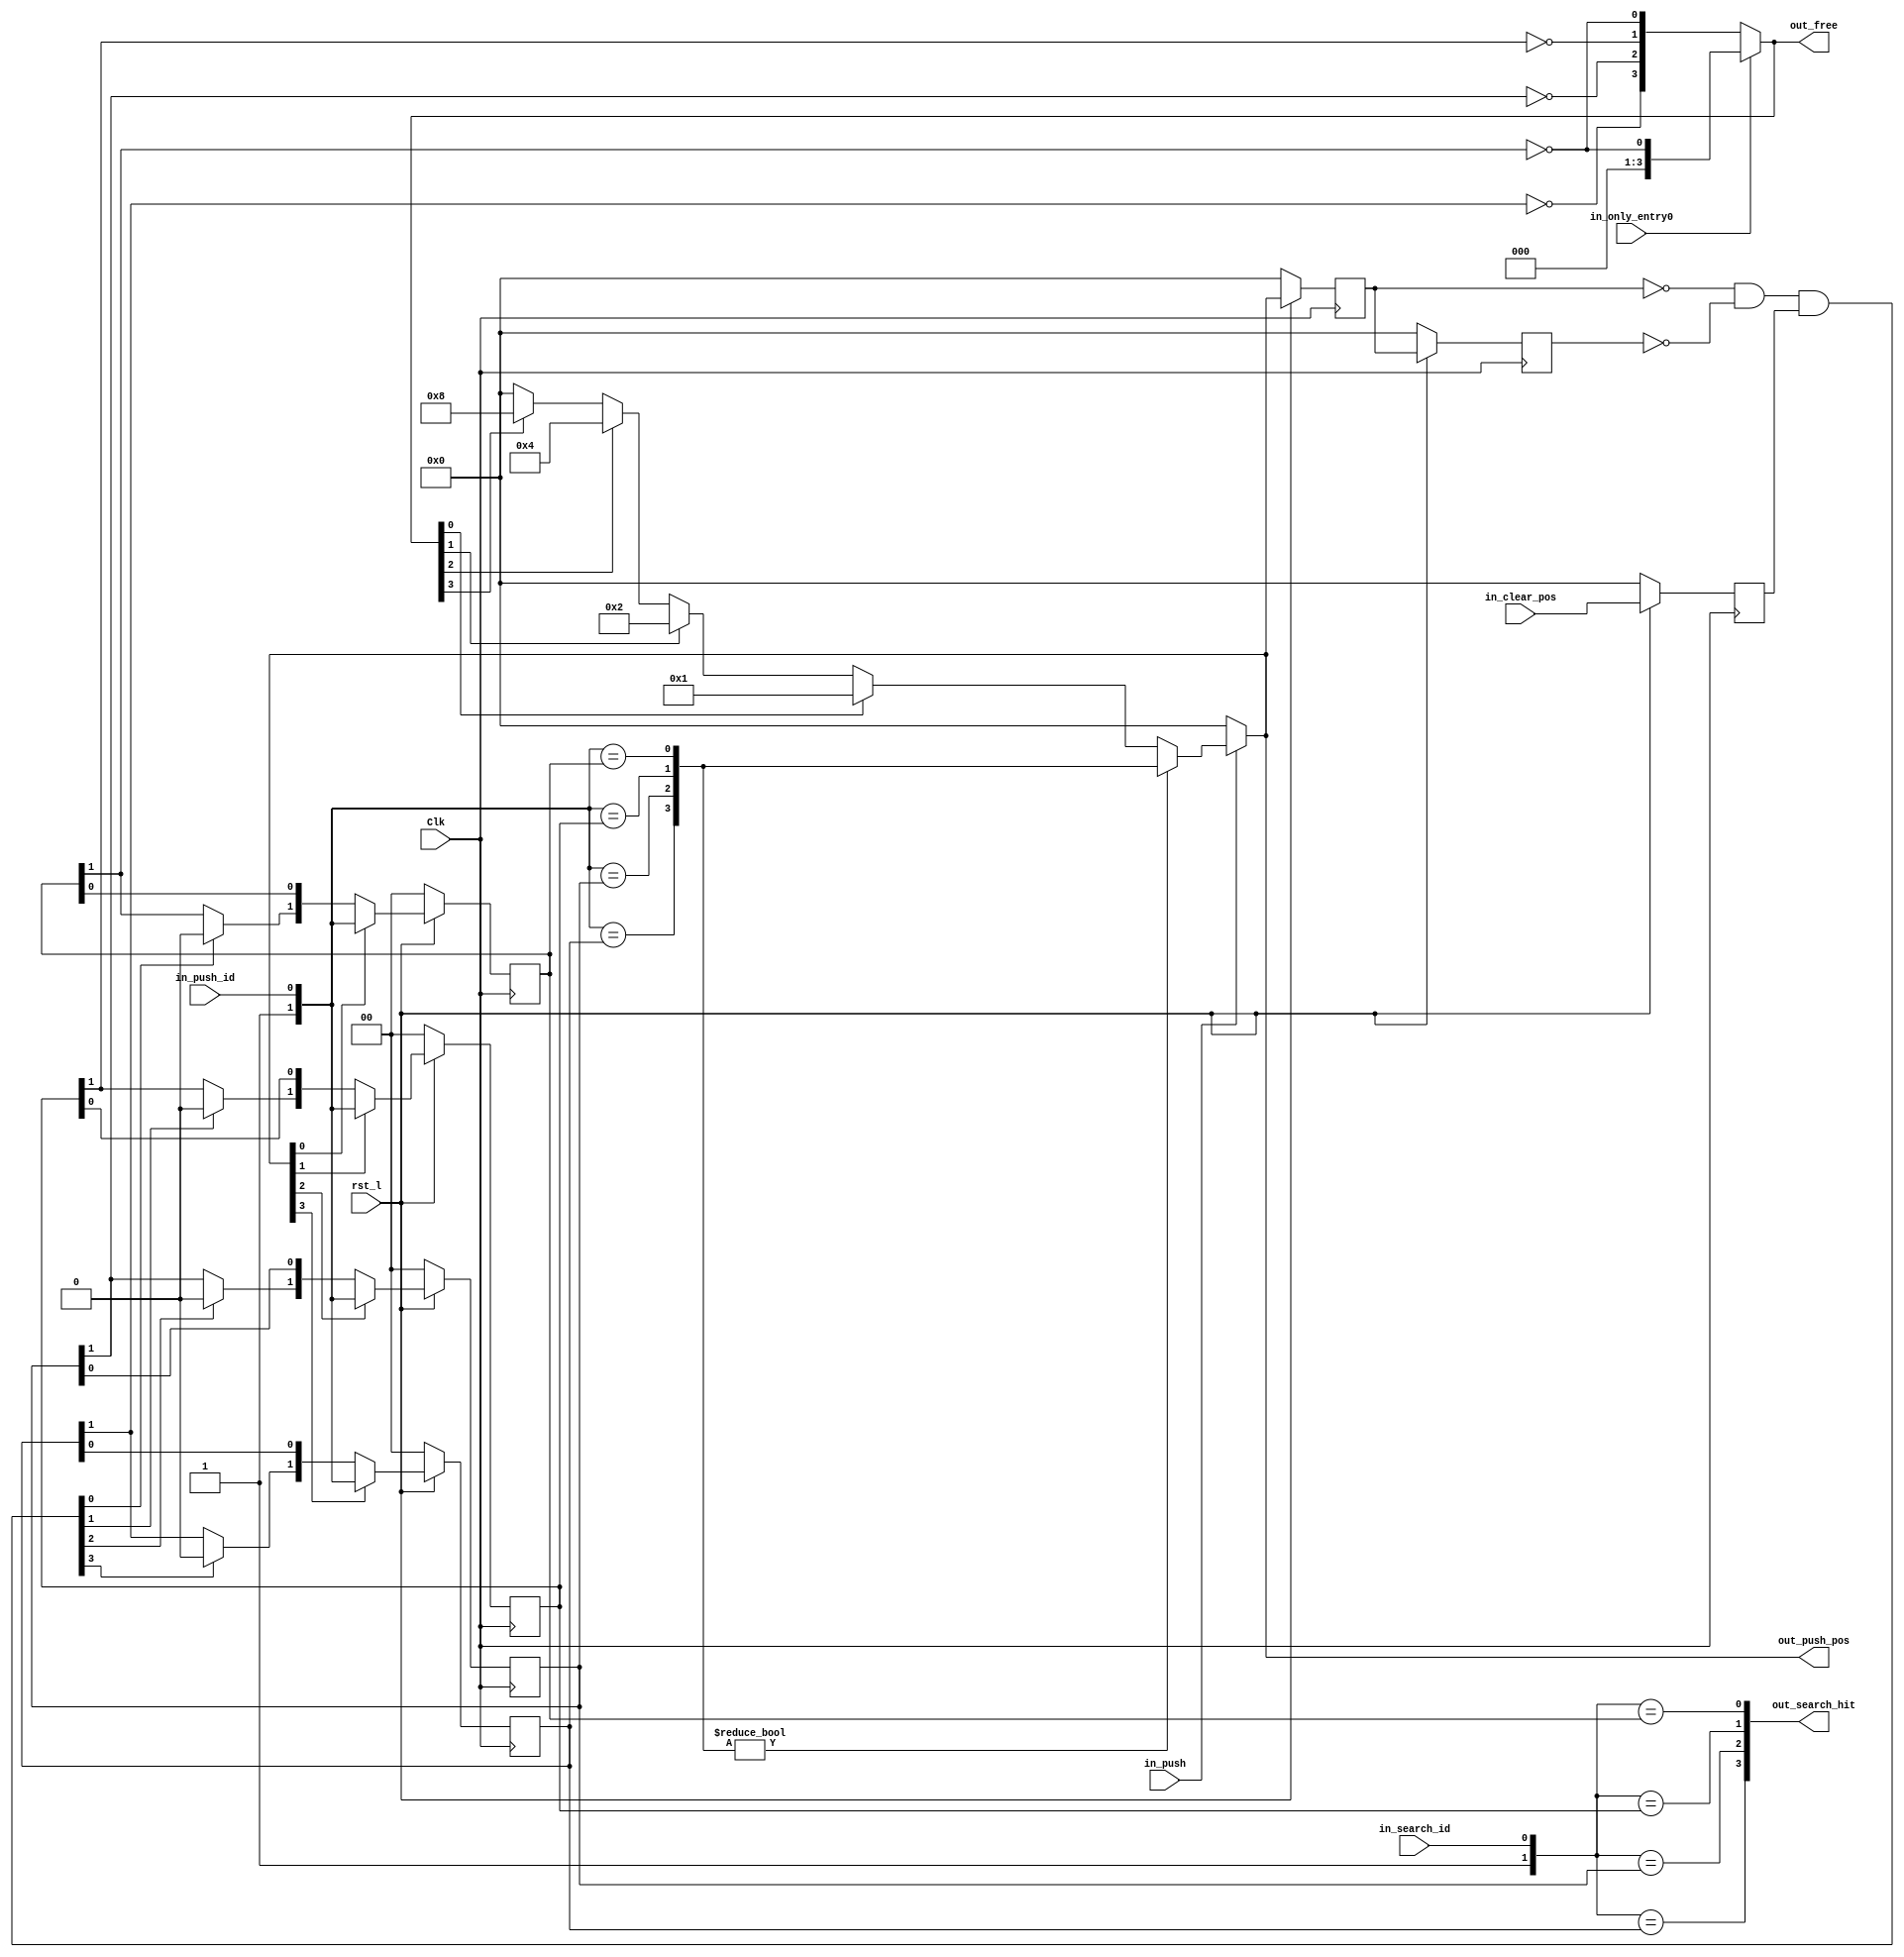
module axi_traffic_gen_v2_0_id_track
        #(
parameter ID_WIDTH = 1
) (
  input                 Clk           ,
  input                 rst_l         ,
  input [ID_WIDTH-1:0]  in_push_id    ,
  input                 in_push       ,
  input [ID_WIDTH-1:0]  in_search_id  ,
  input [3:0]           in_clear_pos  ,
  input                 in_only_entry0,
  output [3:0]          out_push_pos  ,
  output [3:0]          out_search_hit,
  output [3:0]          out_free
);

reg [ID_WIDTH:0] id_arr0_ff, id_arr1_ff, id_arr2_ff, id_arr3_ff;
reg [3:0] push_pos_ff, push_pos_2ff;
reg [3:0] in_clear_pos_ff;

wire [ID_WIDTH:0] push_id = { 1'b1, in_push_id[ID_WIDTH-1:0] };
wire [3:0] push_search = { (push_id[ID_WIDTH:0] == id_arr3_ff[ID_WIDTH:0]),
                        (push_id[ID_WIDTH:0] == id_arr2_ff[ID_WIDTH:0]),
                        (push_id[ID_WIDTH:0] == id_arr1_ff[ID_WIDTH:0]),
                        (push_id[ID_WIDTH:0] == id_arr0_ff[ID_WIDTH:0]) };

wire [3:0] free_pre = { ~id_arr3_ff[ID_WIDTH], ~id_arr2_ff[ID_WIDTH],
                        ~id_arr1_ff[ID_WIDTH], ~id_arr0_ff[ID_WIDTH] };
wire [3:0] free = (in_only_entry0) ? { 3'b000, free_pre[0] } : free_pre[3:0];
wire [3:0] first_free = (free[0]) ? 4'h1 :
                        (free[1]) ? 4'h2 :
                        (free[2]) ? 4'h4 :
                        (free[3]) ? 4'h8 : 4'h0;

wire [3:0] push_pos = (in_push == 1'b0) ? 4'h0 :
                (push_search[3:0] != 4'h0) ? push_search[3:0] :
                        first_free[3:0];

wire [ID_WIDTH:0] search_id = { 1'b1, in_search_id[ID_WIDTH-1:0] };
wire [3:0] search_pos = { (search_id[ID_WIDTH:0] == id_arr3_ff[ID_WIDTH:0]),
                        (search_id[ID_WIDTH:0] == id_arr2_ff[ID_WIDTH:0]),
                        (search_id[ID_WIDTH:0] == id_arr1_ff[ID_WIDTH:0]),
                        (search_id[ID_WIDTH:0] == id_arr0_ff[ID_WIDTH:0]) };

wire [3:0] do_clear = ~push_pos_ff[3:0] & ~push_pos_2ff[3:0] &
                                                in_clear_pos_ff[3:0];

wire [ID_WIDTH:0] id_arr0 = (push_pos[0]) ? push_id[ID_WIDTH:0] :
        { (do_clear[0]) ? 1'b0:id_arr0_ff[ID_WIDTH], id_arr0_ff[ID_WIDTH-1:0] };
wire [ID_WIDTH:0] id_arr1 = (push_pos[1]) ? push_id[ID_WIDTH:0] :
        { (do_clear[1]) ? 1'b0:id_arr1_ff[ID_WIDTH], id_arr1_ff[ID_WIDTH-1:0] };
wire [ID_WIDTH:0] id_arr2 = (push_pos[2]) ? push_id[ID_WIDTH:0] :
        { (do_clear[2]) ? 1'b0:id_arr2_ff[ID_WIDTH], id_arr2_ff[ID_WIDTH-1:0] };
wire [ID_WIDTH:0] id_arr3 = (push_pos[3]) ? push_id[ID_WIDTH:0] :
        { (do_clear[3]) ? 1'b0:id_arr3_ff[ID_WIDTH], id_arr3_ff[ID_WIDTH-1:0] };

always @(posedge Clk) begin
        id_arr0_ff[ID_WIDTH:0] <= (rst_l) ? id_arr0[ID_WIDTH:0] : 1'b0;
        id_arr1_ff[ID_WIDTH:0] <= (rst_l) ? id_arr1[ID_WIDTH:0] : 1'b0;
        id_arr2_ff[ID_WIDTH:0] <= (rst_l) ? id_arr2[ID_WIDTH:0] : 1'b0;
        id_arr3_ff[ID_WIDTH:0] <= (rst_l) ? id_arr3[ID_WIDTH:0] : 1'b0;
        push_pos_ff[3:0] <= (rst_l) ? push_pos[3:0] : 4'h0;
        push_pos_2ff[3:0] <= (rst_l) ? push_pos_ff[3:0] : 4'h0;
        in_clear_pos_ff[3:0] <= (rst_l) ? in_clear_pos[3:0] : 4'h0;
end

assign out_search_hit[3:0] = search_pos[3:0];
assign out_push_pos[3:0] = push_pos[3:0];
assign out_free[3:0] = free[3:0];






endmodule